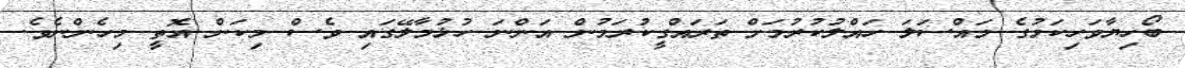
ބޯހިޔާވަހިކަމުގެ މައްސަލަ ހައްލުކުރުމަށް ތަރައްގީކުރަމުން އަންނަ ހުޅުމާލޭގައި ވެސް މިކަން އޮތީ މިހެންނެވެ.